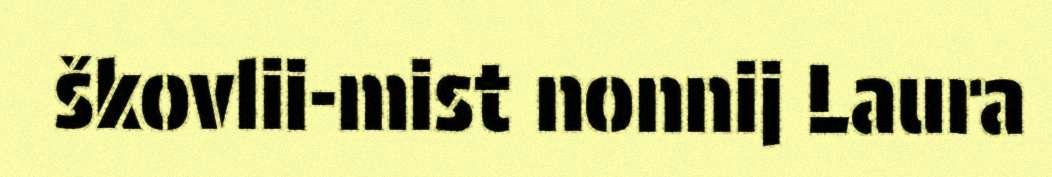
škovlii-mist nonnij Laura